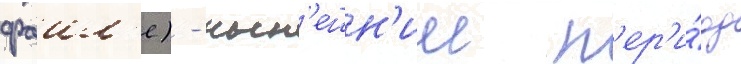
фаил'е) - нын'ешн'ии п'ер'и́од